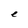
Character: e